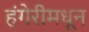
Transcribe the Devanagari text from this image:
हंगेरीमधून